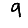
Digit: 9